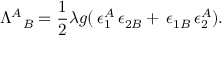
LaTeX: { \Lambda ^ { A } } _ { B } = \frac { 1 } { 2 } \lambda g ( \, \epsilon _ { 1 } ^ { A } \, \epsilon _ { 2 B } + \, \epsilon _ { 1 B } \, \epsilon _ { 2 } ^ { A } ) .